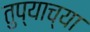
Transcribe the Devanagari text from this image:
तुप्याच्या